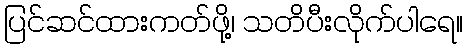
ပြင်ဆင်ထားကတ်ဖို့၊ သတိပီးလိုက်ပါရေ။